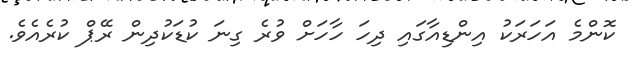
ކޮންމެ އަހަރަކު އިންޑިއާގައި ދިހަ ހާހަށް ވުރެ ގިނަ ކުޑަކުދިން ރޭޕް ކުރެއެވެ.